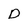
Character: d